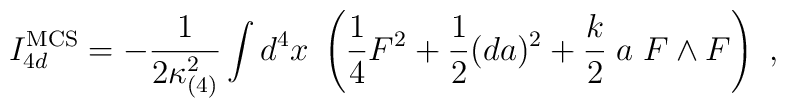
I_{4d}^{\rm MCS} = -{1 \over 2 \kappa_{(4)}^2} \int d^4x \; \left({1\over 4} F^2 +  {1\over 2} (da)^2 +   {k \over 2}\; a\;  F\wedge F \right)\ ,